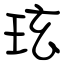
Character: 玹